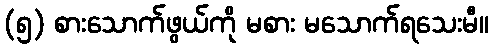
(၅) စားသောက်ဖွယ်ကို မစား မသောက်ရသေးမီ။